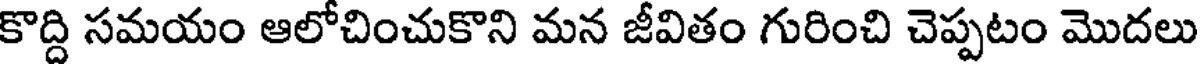
కొద్ది సమయం ఆలోచించుకొని మన జీవితం గురించి చెప్పటం మొదలు